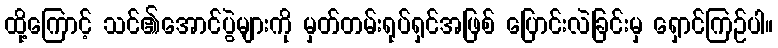
ထို့ကြောင့် သင်၏အောင်ပွဲများကို မှတ်တမ်းရုပ်ရှင်အဖြစ် ပြောင်းလဲခြင်းမှ ရှောင်ကြဉ်ပါ။